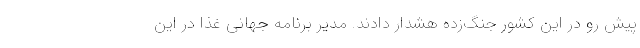
پیش رو در این کشور جنگ‌زده هشدار دادند. مدیر برنامه جهانی غذا در این